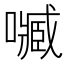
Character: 𡁧